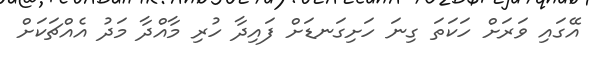
އޭގައި ވަރަށް ހަކަތަ ގިނަ ހަށިގަނޑަށް ފައިދާ ހުރި މާއްދާ މަދު އެއްޗަކަށް